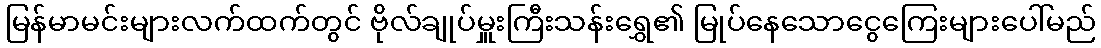
မြန်မာမင်းများလက်ထက်တွင် ဗိုလ်ချုပ်မှူးကြီးသန်းရွှေ၏ မြုပ်နေသောငွေကြေးများပေါ်မည်